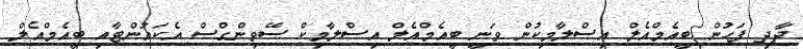
ދާދި ފަހުން ބީއެމްއެލް އިސްލާމިކުން ވަނީ ބީއެމްއެލް އިސްލާމިކް ސޭވިންގްސް އެކައުންޓާއި ބީއެމްއެލް